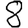
Digit: 8